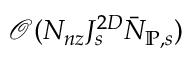
\mathcal { O } ( N _ { n z } J _ { s } ^ { 2 D } \bar { N } _ { \mathbb { P } , s } )